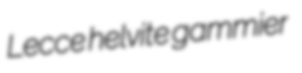
Lecce helvite gammier